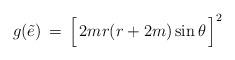
LaTeX: \begin{align*}g(\tilde e)\, = \, \Big[\,2m r (r+2m)\sin\theta\,\Big]^2\end{align*}